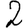
Digit: 2